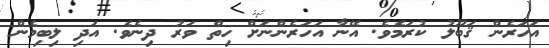
އަހަރެން ޤަބޫލު ކުރަމެވެ. އޭނާ އަހަރެންނަށް ހިތް ވަރު ދިނެވެ. އަދި ލިބިމެން